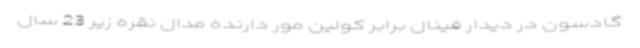
گادسون در دیدار فینال برابر کولین مور دارنده مدال نقره زیر 23 سال